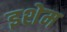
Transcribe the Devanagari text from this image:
इशेम